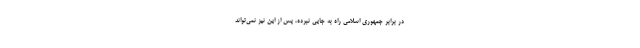
در برابر جمهوری اسلامی راه به جایی نبرده، پس از این نیز نمی‌تواند